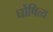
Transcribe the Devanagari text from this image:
घोषित्य